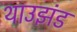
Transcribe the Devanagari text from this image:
थाउझंड